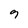
Character: 9